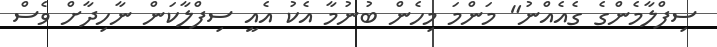
ސިފްލާމެންގެ ގެއެއްނު" މަންމަ މިހެން ބުނުމާ އެކު އެއީ ސިފްލާކަން ނާހިދާށް ވެސް